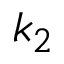
k _ { 2 }